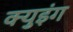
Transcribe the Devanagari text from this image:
क्युइंग